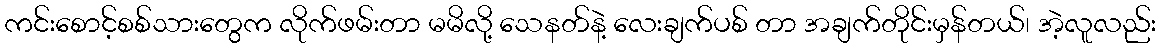
ကင်းစောင့်စစ်သားတွေက လိုက်ဖမ်းတာ မမိလို့ သေနတ်နဲ့ လေးချက်ပစ် တာ အချက်တိုင်းမှန်တယ်၊ အဲ့လူလည်း